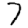
Digit: 7